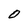
Character: O